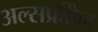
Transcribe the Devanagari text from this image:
अल्सफ्रीोन